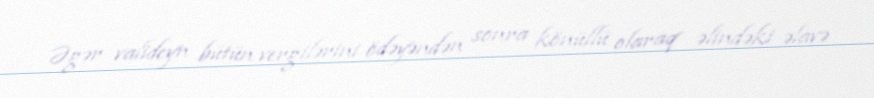
Əgər valideyn bütün vergilərini ödəyəndən sonra könüllü olaraq əlindəki əlavə